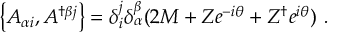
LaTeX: \left\{ A _ { \alpha i } , A ^ { \dagger \beta j } \right\} = \delta _ { i } ^ { j } \delta _ { \alpha } ^ { \beta } ( 2 M + Z e ^ { - i \theta } + Z ^ { \dagger } e ^ { i \theta } ) \ .